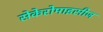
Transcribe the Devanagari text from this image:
सेकेरोमाइसीज